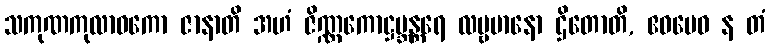
သကုဏကုလာဝကော ဇာနာတိ အဟံ ဇိဏ္ဏကောဋ္ဌဗ္ဘန္တရေ လမ္ဗမာနော ဌိတောတိ, ဧဝမေဝ န တံ